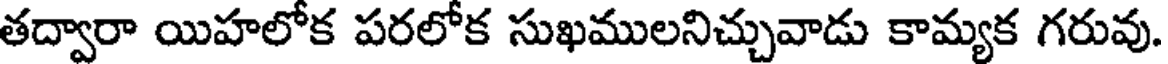
తద్వారా యిహలోక పరలోక సుఖములనిచ్చువాడు కామ్యక గరువు.